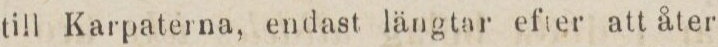
till Karpaterna, endast längtar efter att åter